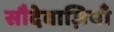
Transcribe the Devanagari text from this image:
सौदेबाज़ियाँ